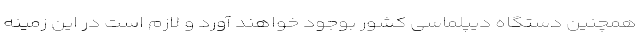
همچنین دستگاه دیپلماسی کشور بوجود خواهند آورد و لازم است در این زمینه